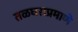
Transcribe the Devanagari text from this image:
तळघराप्रमाणे